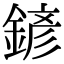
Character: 𨩱